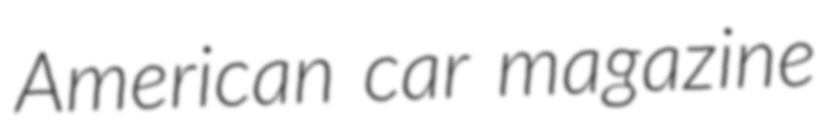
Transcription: American car magazine